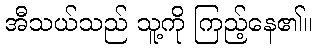
အီသယ်သည် သူ့ကို ကြည့်နေ၏။